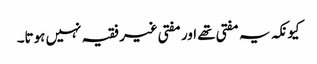
کیونکہ یہ مفتی تھے اور مفتی غیر فقیہ نہیں ہوتا۔